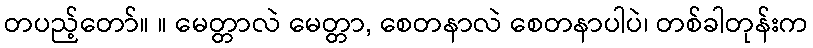
တပည့်တော်။ ။ မေတ္တာလဲ မေတ္တာ, စေတနာလဲ စေတနာပါပဲ၊ တစ်ခါတုန်းက